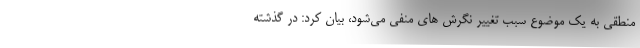
منطقی به یک موضوع سبب تغییر نگرش های منفی می‌شود، بیان کرد: در گذشته